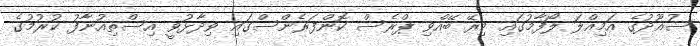
ސުއޫދުގެ އަމިއްލަ ލޯފާމުގައި މިރޭ ބޭއްވި ޕްރެސް ކޮންފަރެންސްގައި ވިދާޅުވީ އިސްތިއުނާފު ކުރުމުގެ